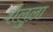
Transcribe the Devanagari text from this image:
शेलुला